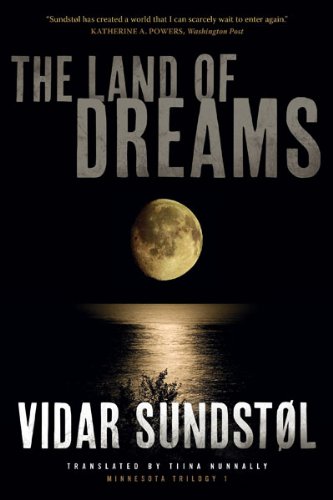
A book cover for The Land of Dreams (Minnesota Trilogy); Vidar SundstÃ¸l; Mystery, Thriller & Suspense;